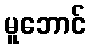
မူဘောင်